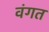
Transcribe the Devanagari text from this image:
वंगत